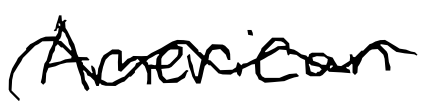
Text: American
Cross-out: wave
Writing tool: digital_black